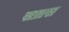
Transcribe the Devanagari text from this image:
सप्रास